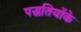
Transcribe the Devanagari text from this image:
पद्धतियोंके